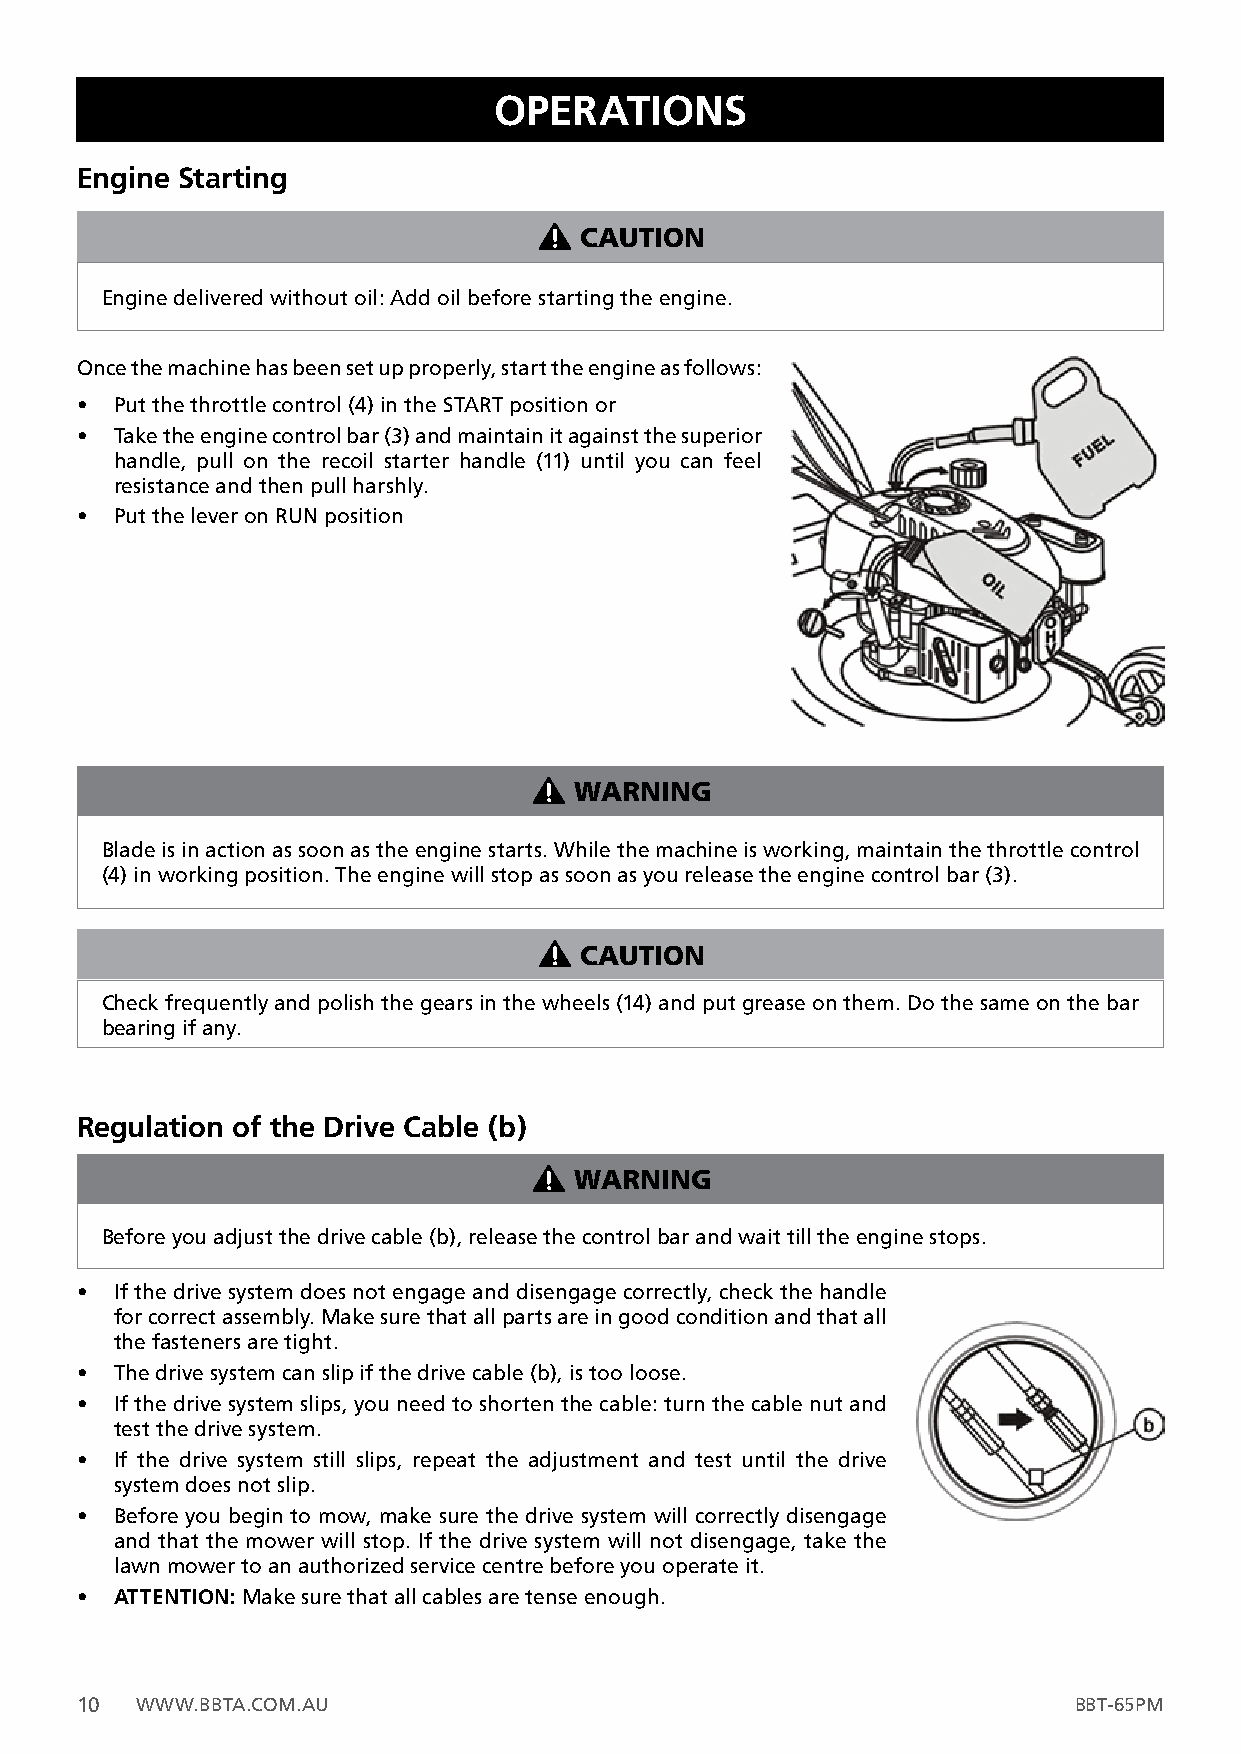
OPERATIONS
 Engine Starting
 CAUTION
 Engine delivered without oil: Add oil before starting the engine.
 Once the machine has been set up properly, start the engine as follows:
 •  Put the throttle control (4) in the START position or
 •  Take the engine control bar (3) and maintain it against the superior
 handle, pull on the recoil starter handle (11) until you can feel
 resistance and then pull harshly.
 •  Put the lever on RUN position
 WARNING
 Blade is in action as soon as the engine starts. While the machine is working, maintain the throttle control
 (4) in working position. The engine will stop as soon as you release the engine control bar (3).
 CAUTION
 Check frequently and polish the gears in the wheels (14) and put grease on them. Do the same on the bar
 bearing if any.
 Regulation of the Drive Cable (b)
 WARNING
 Before you adjust the drive cable (b), release the control bar and wait till the engine stops.
 •  If the drive system does not engage and disengage correctly, check the handle
 for correct assembly. Make sure that all parts are in good condition and that all
 the fasteners are tight.
 •  The drive system can slip if the drive cable (b), is too loose.
 •  If the drive system slips, you need to shorten the cable: turn the cable nut and
 test the drive system.
 •  If the drive system still slips, repeat the adjustment and test until the drive
 system does not slip.
 •  Before you begin to mow, make sure the drive system will correctly disengage
 and that the mower will stop. If the drive system will not disengage, take the
 lawn mower to an authorized service centre before you operate it.
 •  ATTENTION: Make sure that all cables are tense enough.
 10  WWW.BBTA.COM.AU                                               BBT-65PM